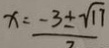
x = \frac { - 3 \pm \sqrt { 1 7 } } { 2 }